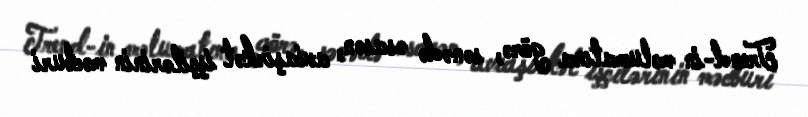
Trend-in məlumatına görə, sənədə əsasən, aviaşirkət işçilərinin məcburi